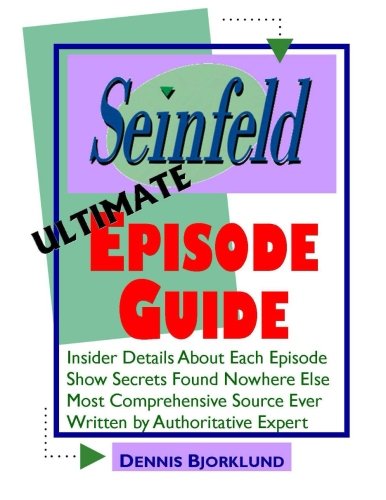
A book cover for Seinfeld Ultimate Episode Guide; Dennis Bjorklund; Humor & Entertainment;